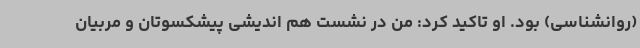
(روانشناسی) بود. او تاکید کرد: من در نشست هم اندیشی پیشکسوتان و مربیان